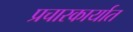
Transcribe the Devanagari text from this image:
प्रचारकार्यात